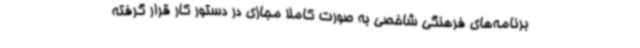
برنامه‌های فرهنگی شاخصی به صورت کاملاً مجازی در دستور کار قرار گرفته